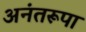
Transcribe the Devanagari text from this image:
अनंतरूपा